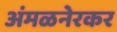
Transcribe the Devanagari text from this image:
अंमळनेरकर